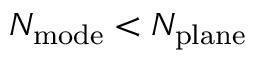
N _ { \mathrm { m o d e } } < N _ { \mathrm { p l a n e } }